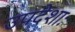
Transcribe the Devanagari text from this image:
उपदेशाः